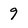
Character: 9